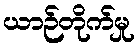
ယာဉ်တိုက်မှု